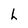
Character: h